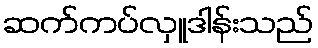
ဆက်ကပ်လှူဒါန်းသည်